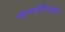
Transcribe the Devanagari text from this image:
छायादिग्दर्शन